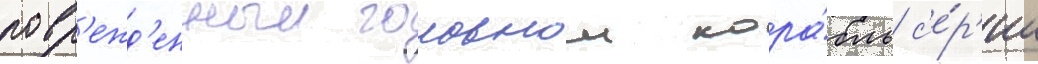
повр'ежд'енныи головнои кора́бль с'е́р'ии